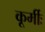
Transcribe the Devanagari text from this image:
कूर्मीः